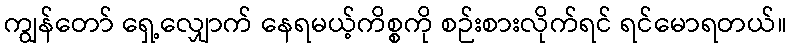
ကျွန်တော် ရှေ့လျှောက် နေရမယ့်ကိစ္စကို စဉ်းစားလိုက်ရင် ရင်မောရတယ်။